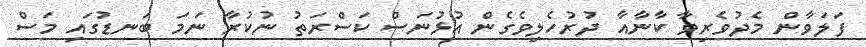
ފަލަވާން މެދުވެރިވާ ކާނާއާ ދުރުހެލިވެގެން އުޅުނަސް ކަސްރަތު ނުކުރާ ނަމަ ބަނޑުުގައި މަސް